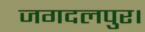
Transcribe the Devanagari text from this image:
जगदलपुर।